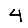
Digit: 4